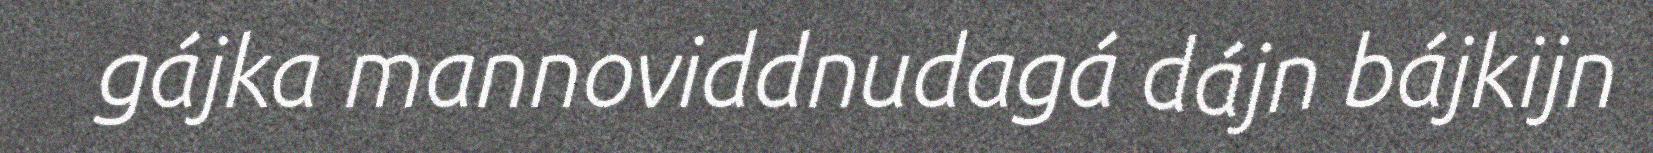
gájka mannoviddnudagá dájn bájkijn